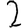
Digit: 2